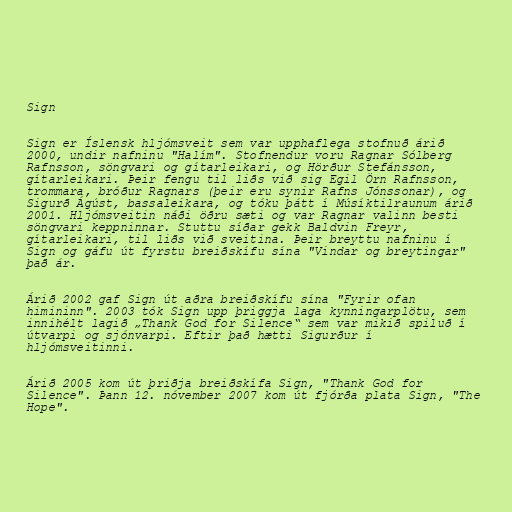
Sign

Sign er Íslensk hljómsveit sem var upphaflega stofnuð árið
2000, undir nafninu "Halím". Stofnendur voru Ragnar Sólberg
Rafnsson, söngvari og gítarleikari, og Hörður Stefánsson,
gítarleikari. Þeir fengu til liðs við sig Egil Örn Rafnsson,
trommara, bróður Ragnars (þeir eru synir Rafns Jónssonar), og
Sigurð Ágúst, bassaleikara, og tóku þátt í Músíktilraunum árið
2001. Hljómsveitin náði öðru sæti og var Ragnar valinn besti
söngvari keppninnar. Stuttu síðar gekk Baldvin Freyr,
gítarleikari, til liðs við sveitina. Þeir breyttu nafninu í
Sign og gáfu út fyrstu breiðskífu sína "Vindar og breytingar"
það ár.

Árið 2002 gaf Sign út aðra breiðskífu sína "Fyrir ofan
himininn". 2003 tók Sign upp þriggja laga kynningarplötu, sem
innihélt lagið „Thank God for Silence“ sem var mikið spiluð í
útvarpi og sjónvarpi. Eftir það hætti Sigurður í
hljómsveitinni.

Árið 2005 kom út þriðja breiðskífa Sign, "Thank God for
Silence". Þann 12. nóvember 2007 kom út fjórða plata Sign, "The
Hope".